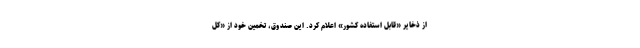
از ذخایر «قابل استفاده کشور» اعلام کرد. این صندوق، تخمین خود از «کل